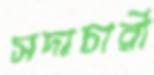
সদাচারী